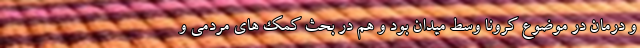
و درمان در موضوع کرونا وسط میدان بود و هم در بحث کمک های مردمی و